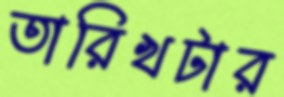
তারিখটার